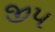
જીપ